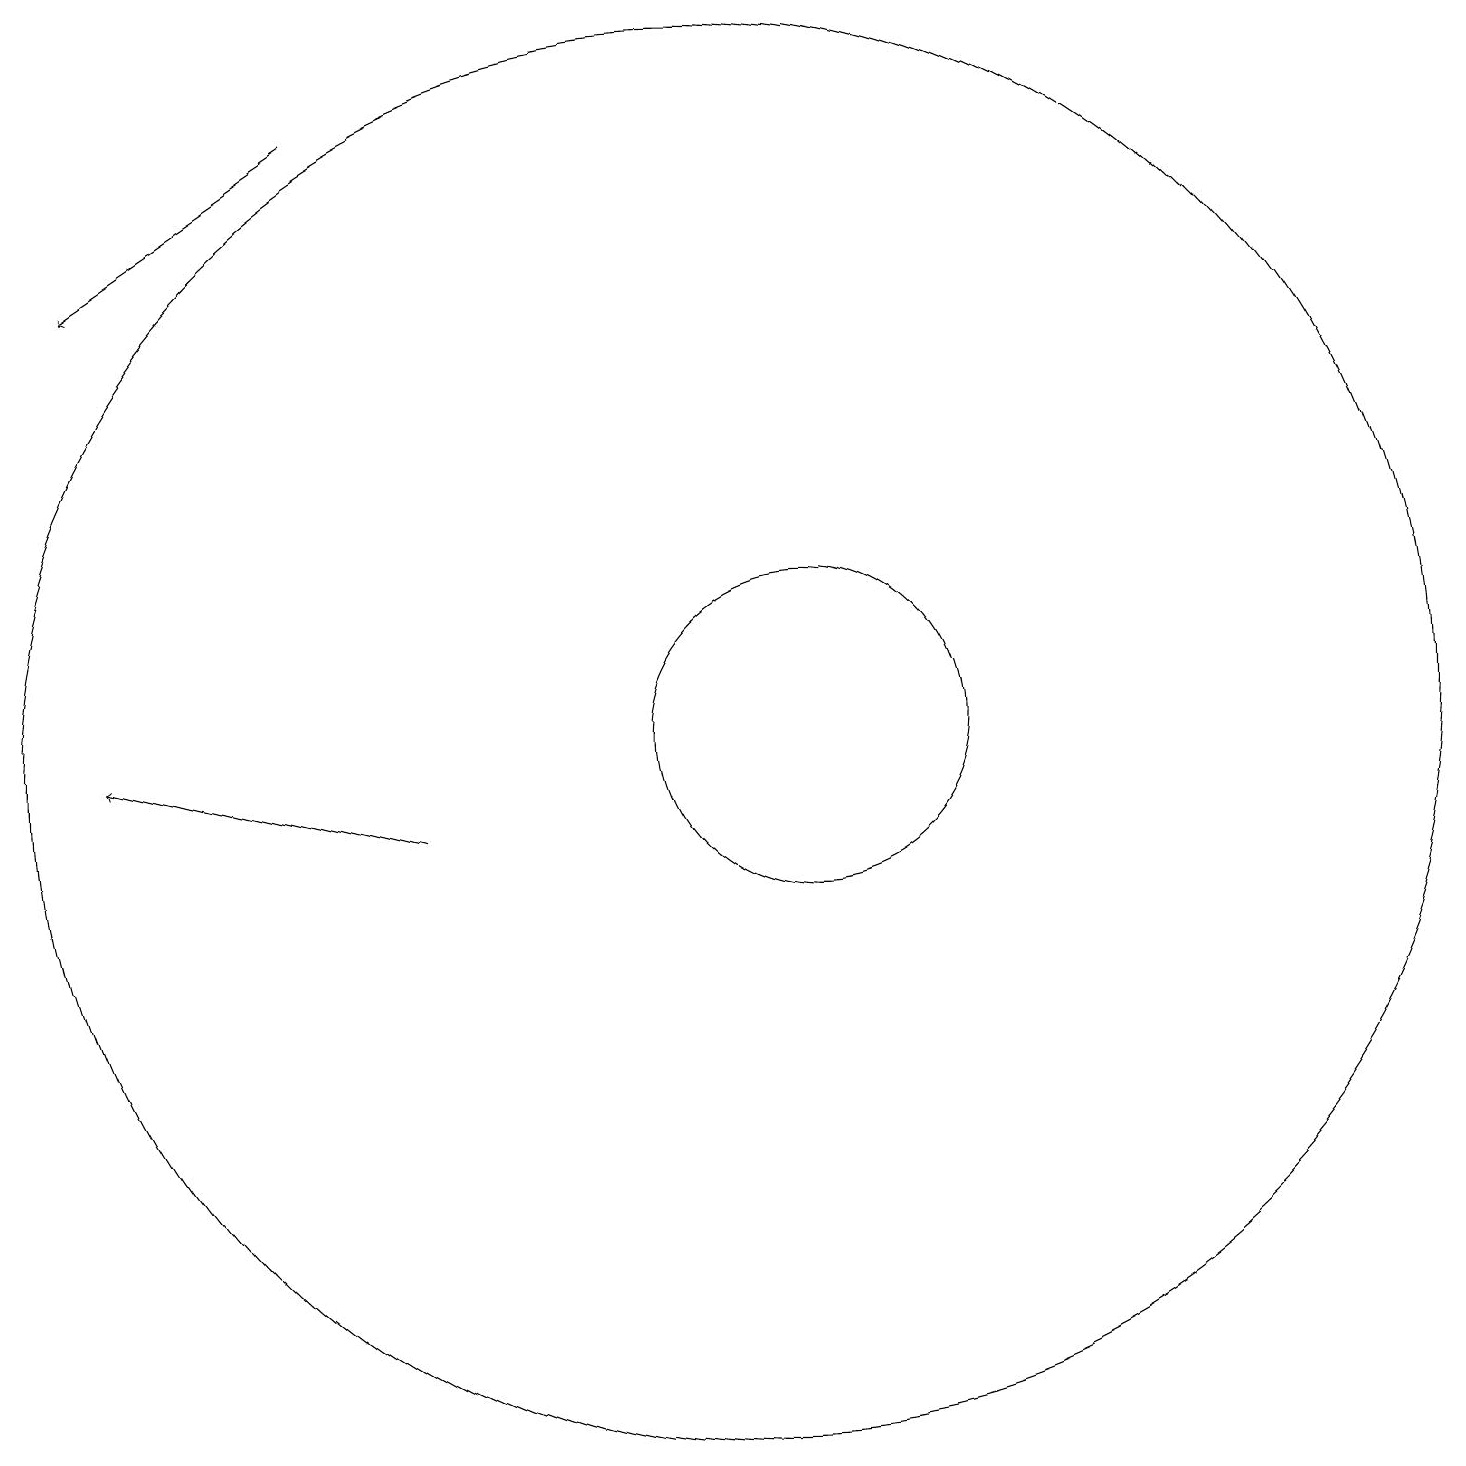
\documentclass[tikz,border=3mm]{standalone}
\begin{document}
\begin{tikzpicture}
\draw (11,11) circle (2);
\draw (10,11) circle (9);
\draw[->] (5,19) -- (2,17);
\draw[->] (6,10) -- (2,11);
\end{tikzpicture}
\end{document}